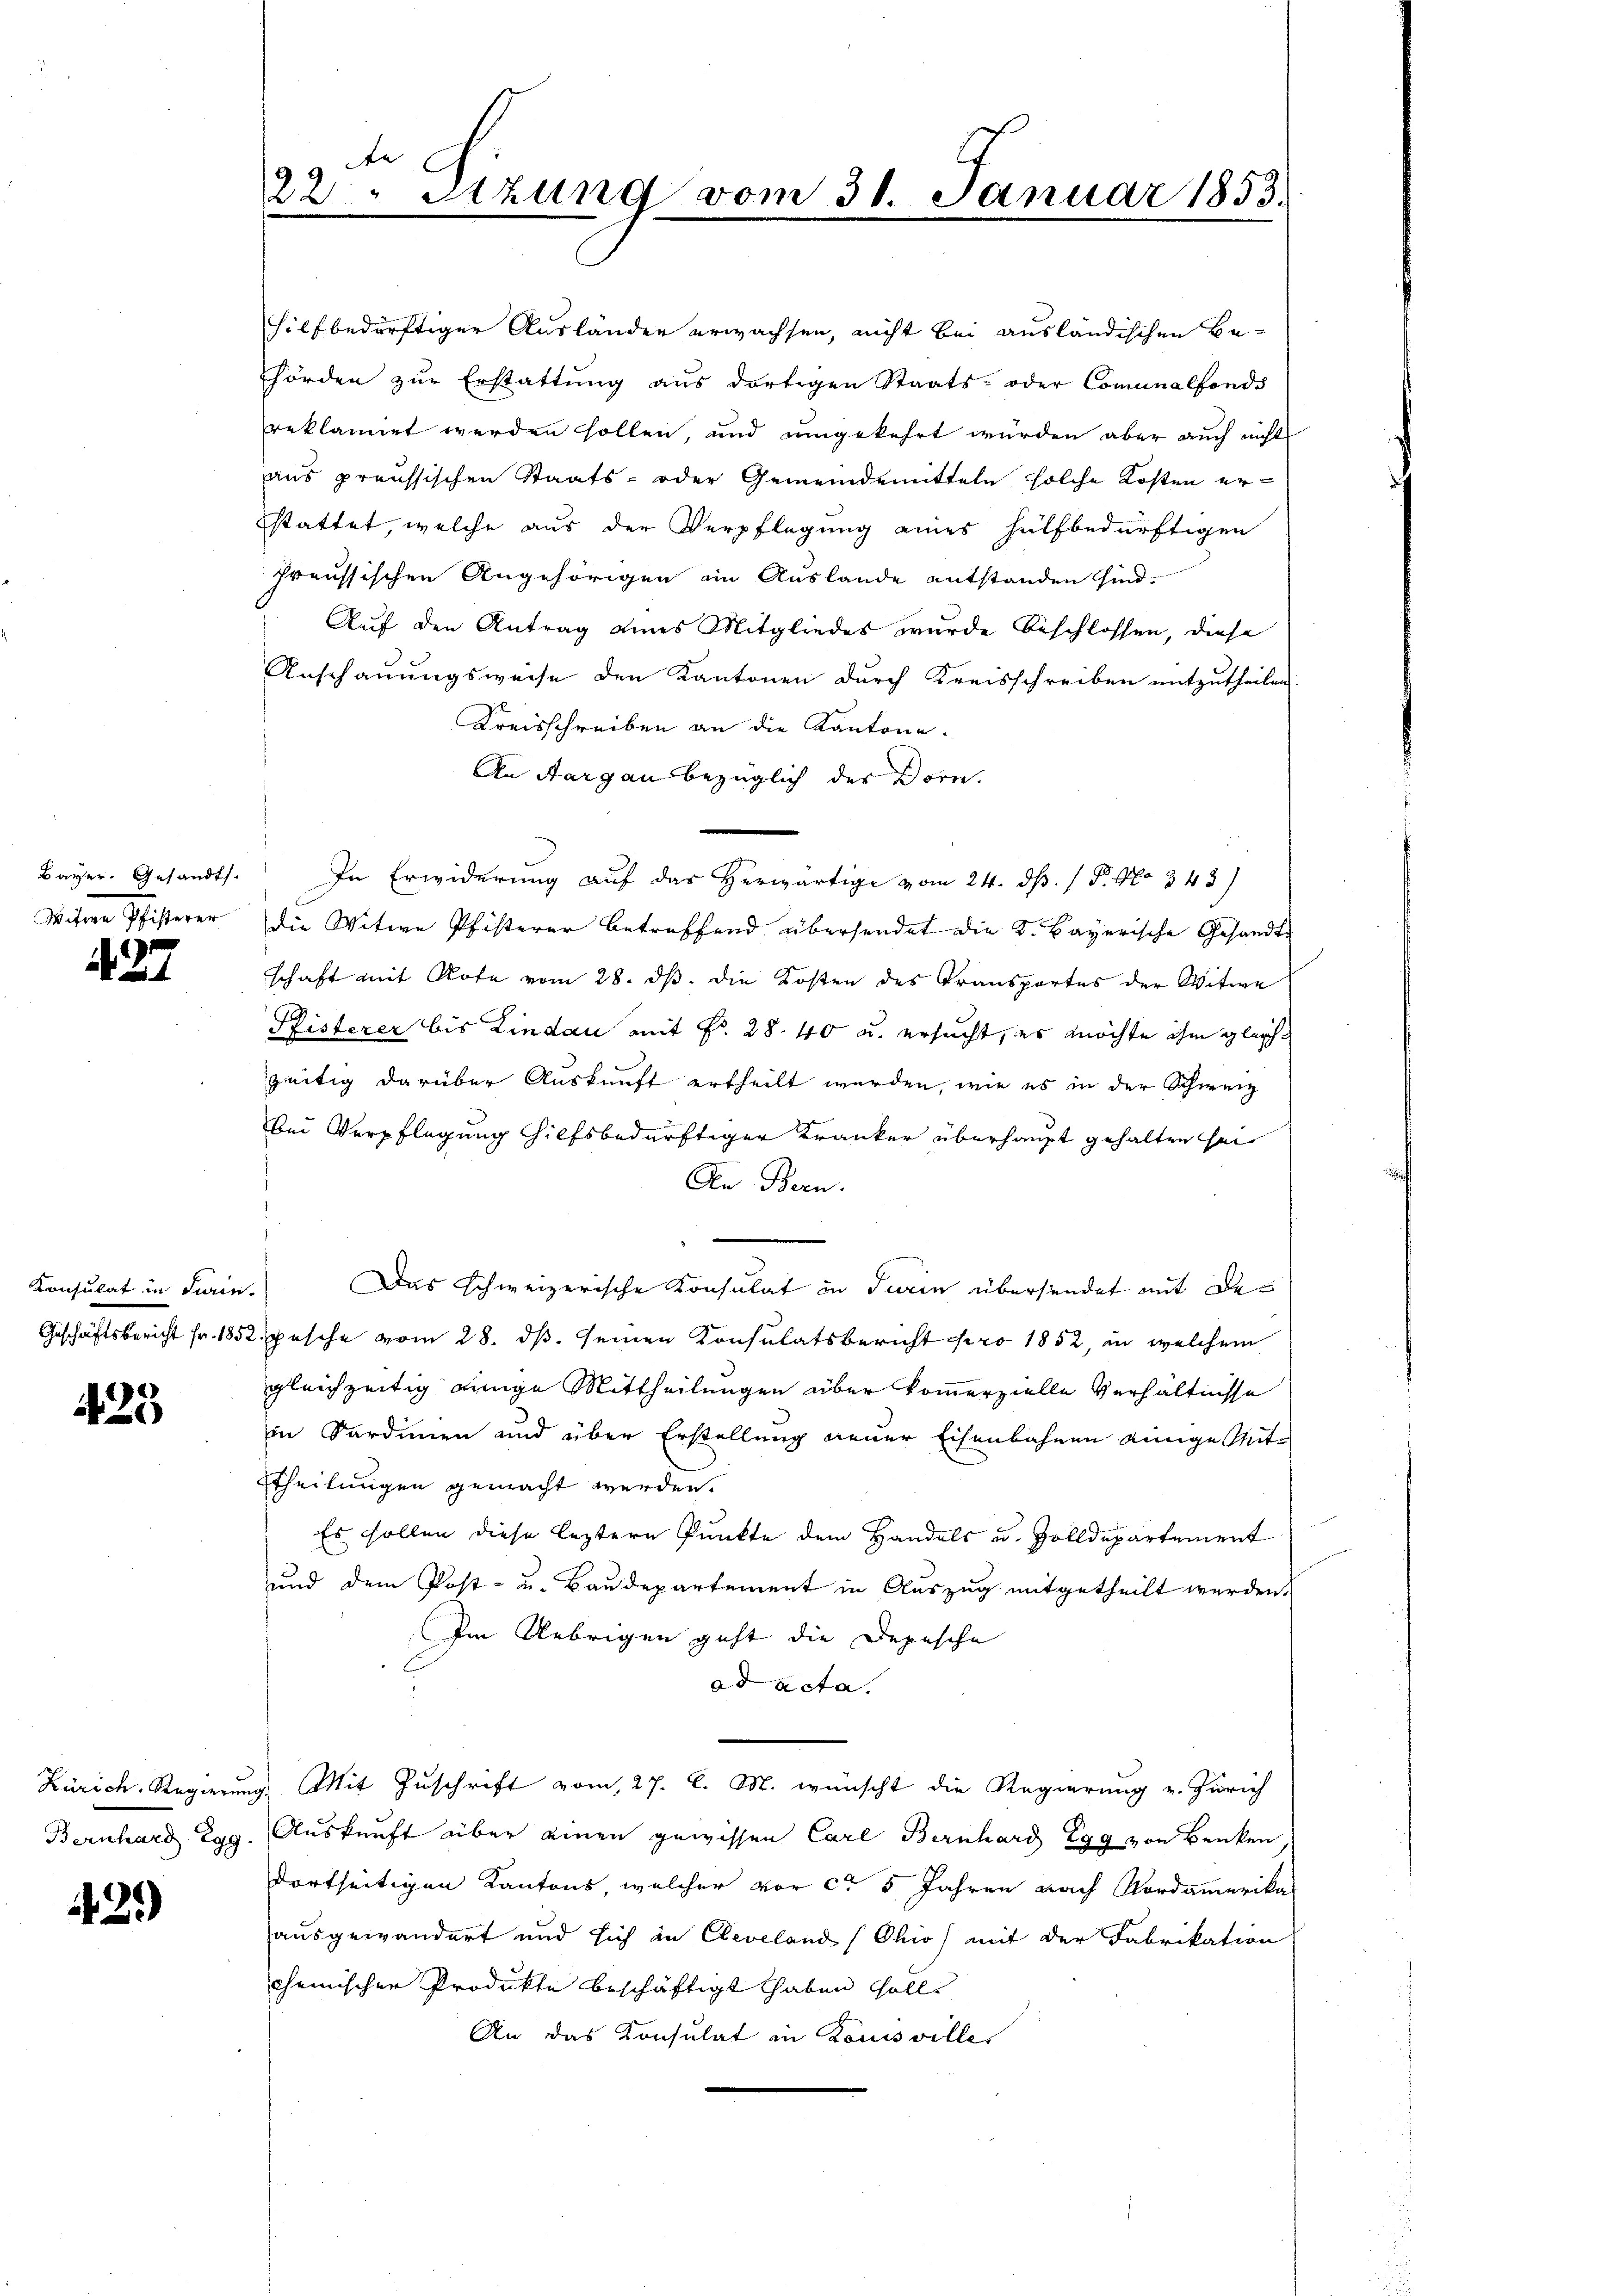
Bayer. Gesandts
Witwe Pfisterer

27

Konsulat in Turin

425

Bernhard Egg.

420)

hilf bedürftiger Ausländer erwachsen, nicht bei ausländischen Behörden zur Erstattung aus dortigen Staats- oder Comunalfonds
reklamiet werden sollen, und umgekehrt würden aber auch nicht
aus preussischen Staats- oder Gemeindemitteln solche Kosten erstattet, welche aus der Verpflegung eines hülfbedürftigen
preussischen Angehörigen in Auslande entstanden sind.
Auf den Antrag eines Mitgliedes wurde beschlossen, diese
Anschauungsweise den Kantonen durch Kreisschreiben mitzutheilen
Kreisschreiben an die Kantone.
An Aargau bezüglich des Dorn.
In Erwiderung auf das herwärtige vom 24. ds. 1 P. No. 343)
die Witwe Pfisterer betreffend übersendet die K. Bayerische Gesandte
schaft mit Rote vom 28. ds. die Kosten des Transportes der Witwe
Pfisterer bis Lindau mit Fr. 28. 40 u. ersucht, es möchte ihm gleichzeitig darüber Auskunft ertheilt werden, wie es in der Schweiz
bei Verpflegung hilfsbedürftiger Kranker überhaupt gehalten sei
Den Bern.
Das schweizerische Konsulat in Turin übersendet mit Be¬
Geschäftsbericht fr. 1852. Pasche vom 28. ds. seinen Konsulatsbericht pro 1852, in welchem
gleichzeitig einige Mittheilungen über kommerzielle Verhältnisse
in Sardinen und über Erstellung neuer Eisenbahnen einige Mittheilungen gemacht werden.
Es sollen diese leztere Punkte dem Handels u. Zolldepartement
und dem Post- u. Baudepartement in Auszug mitgetheilt werden,
Im Uebrigen geht die Depesche
ad acta.
Zürich, Regierung Mit Zuschrift vom 27. d. M. wünscht die Regierung v. Zürich
Auskunft über einen gewissen Carl Bernhard Egg von Benken,
dortseitigen Kantons, welcher vor ca 5. Jahren nach Nordamerika-
ausgewandert und sich in Cleveland (Ohio) mit der Fabrikation
chemischer Produkte beschäftigt haben solle
An das Konsulat in Louisville

22. Sitzung vom 31. Januar 1853.
.